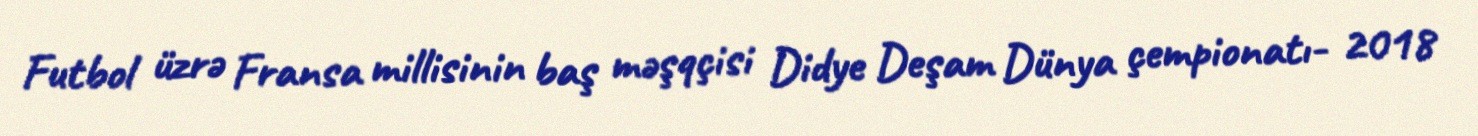
Futbol üzrə Fransa millisinin baş məşqçisi Didye Deşam Dünya çempionatı- 2018